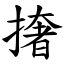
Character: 撦